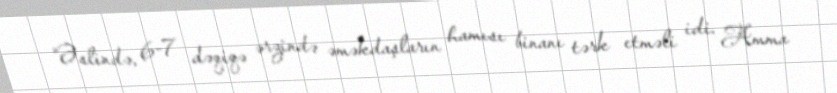
“Əslində, 6-7 dəqiqə ərzində əməkdaşların hamısı binanı tərk etməli idi. Amma